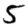
Digit: 5